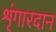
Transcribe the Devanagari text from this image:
शृंगारदान